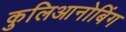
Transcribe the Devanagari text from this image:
कुलिआनोबिंग